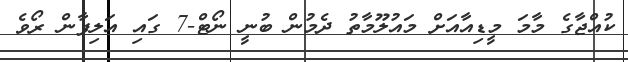
ކުއްޖާގެ މާމަ މީޑިއާއަށް މައުލޫމާތު ދެމުން ބުނީ ނޯޓް-7 ގައި އަލިފާން ރޯވެ